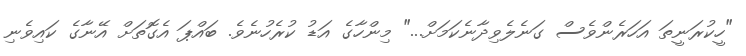
"ހީކުރަނީތަ އަހަރެންވެސް ގަނެލެވިދާނެކަމަށް..." މިންހާގެ އަޑު ކުރެހުނެވެ. ބައްޕަ އެގޮތަށް އޭނާގެ ކައިވެނި